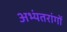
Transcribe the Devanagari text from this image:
अभ्यंतरांगों